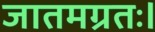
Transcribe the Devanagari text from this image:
जातमग्रतः।